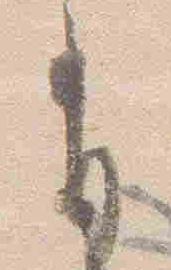
有